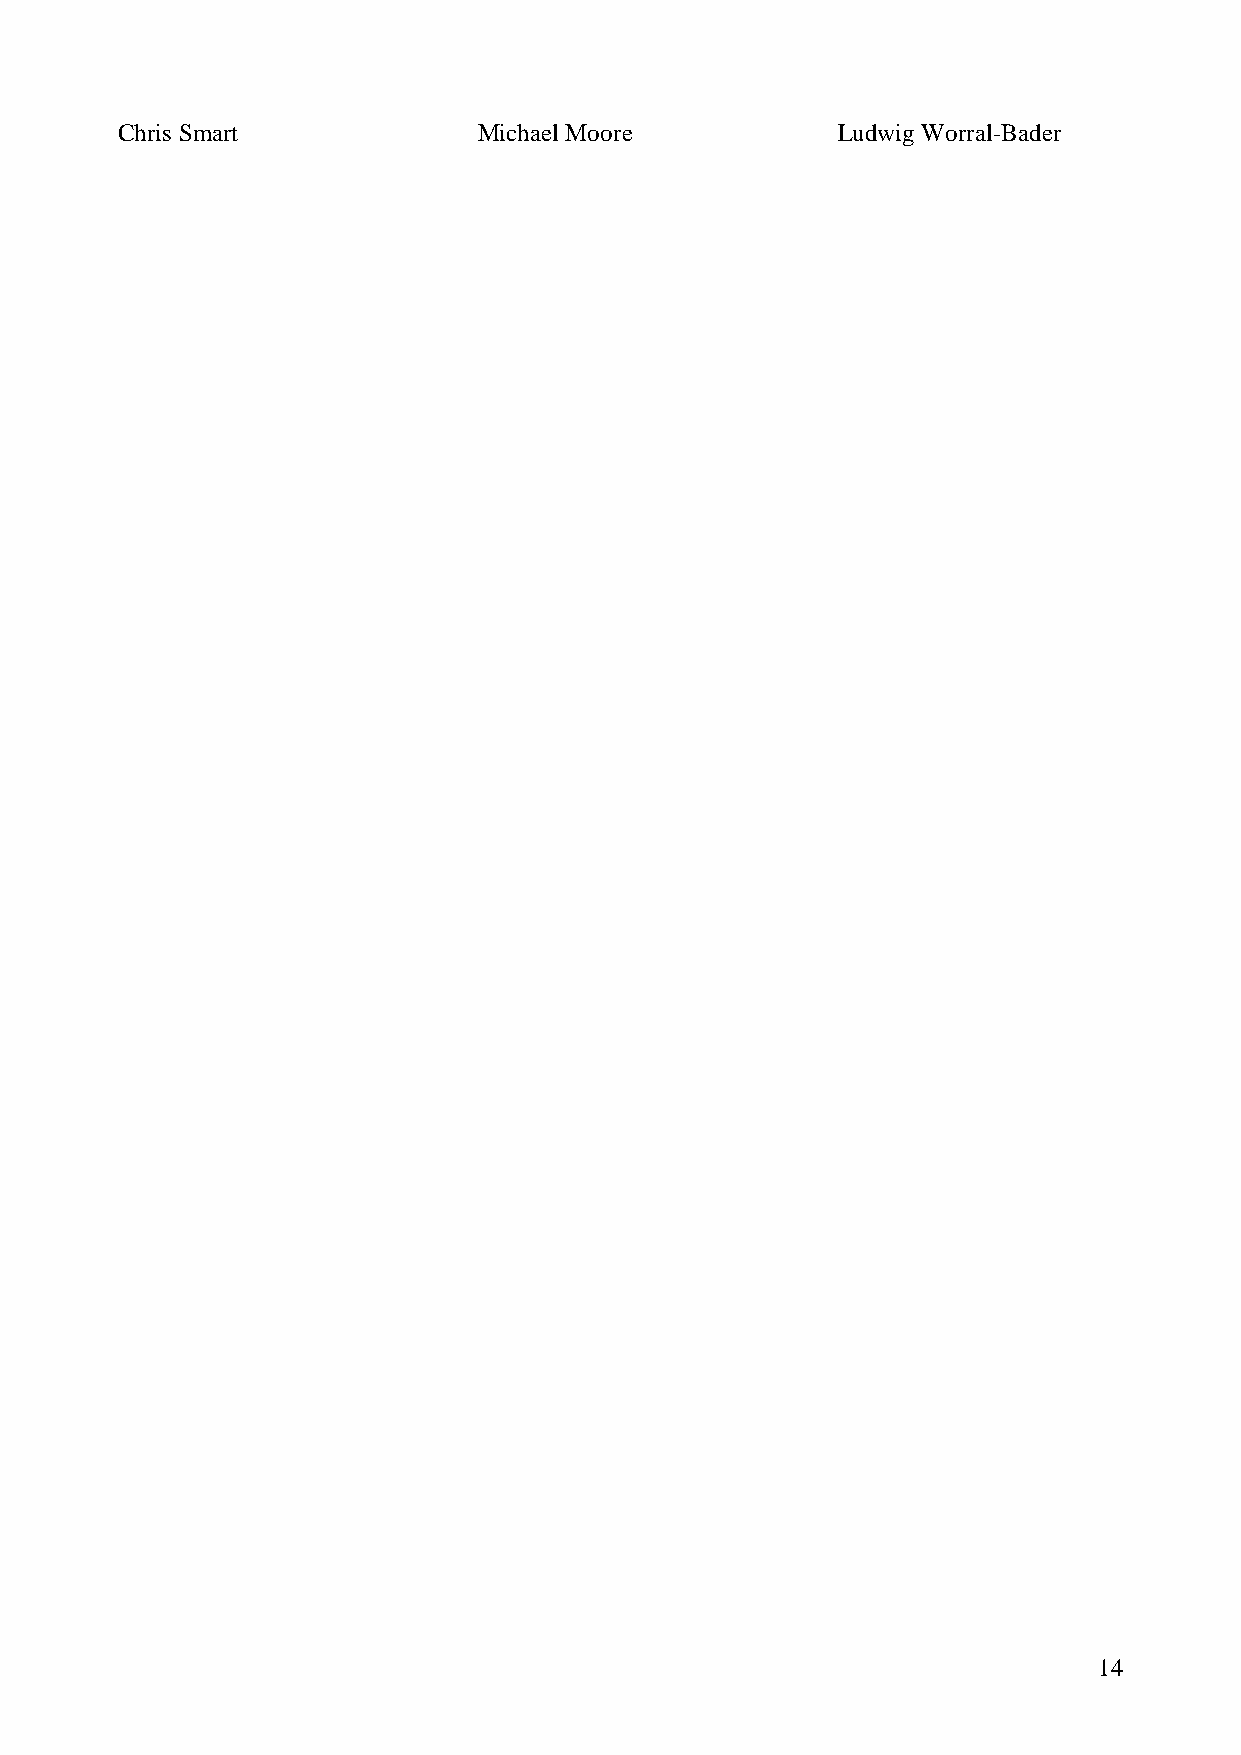
Chris Smart             Michael Moore          Ludwig Worral-Bader
 14